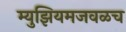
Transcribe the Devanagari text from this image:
म्युझियमजवळच